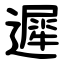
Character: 遲